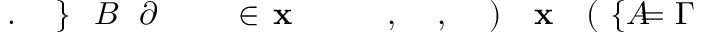
\! \! \! \! \! \! \! \! \! \! \! \Gamma \! \! \! \! \! \! \! \! \! \! \! \! = \! \! \! \! \! \! \! \! \! \! \! \! \{ A \! \! \! \! \! \! \! \! \! \! \! \! ( \! \! \! \! \! \! \! \! \! \! \! \! \mathbf { x } \! \! \! \! \! \! \! \! \! \! \! \! ) \! \! \! \! \! \! \! \! \! \! \! \! , \! \! \! \! \! \! \! \! \! \! \! \! , \! \! \! \! \! \! \! \! \! \! \! \! \! \! \! \! \! \! \! \! \! \! \! \! \mathbf { x } \! \! \! \! \! \! \! \! \! \! \! \! \in \! \! \! \! \! \! \! \! \! \! \! \! \! \! \! \! \! \! \! \! \! \! \! \! \partial \! \! \! \! \! \! \! \! \! \! \! \! B \! \! \! \! \! \! \! \! \! \! \! \! \} \! \! \! \! \! \! \! \! \! \! \! \! . \! \! \! \! \! \! \! \! \! \! \!